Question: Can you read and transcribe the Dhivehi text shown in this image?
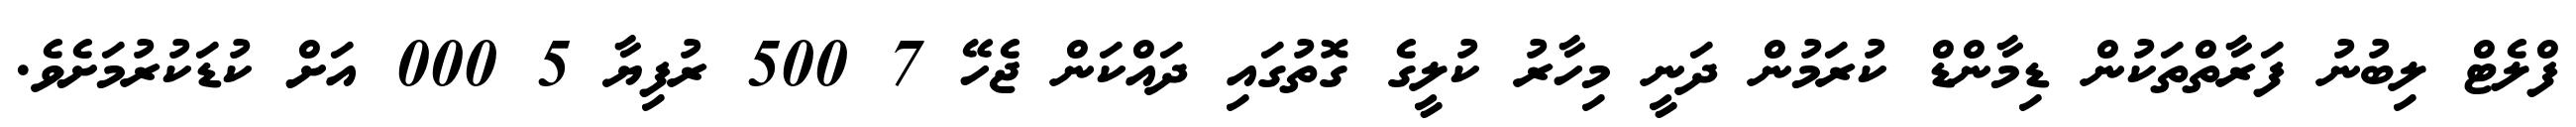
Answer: ފްލެޓް ލިބުނު ފަރާތްތަކުން ޑިމާންޑް ކުރަމުން ދަނީ މިހާރު ކުލީގެ ގޮތުގައި ދައްކަން ޖެހޭ 7 500 ރުފިޔާ 5 000 އަށް ކުޑަކުރުމަށެވެ.